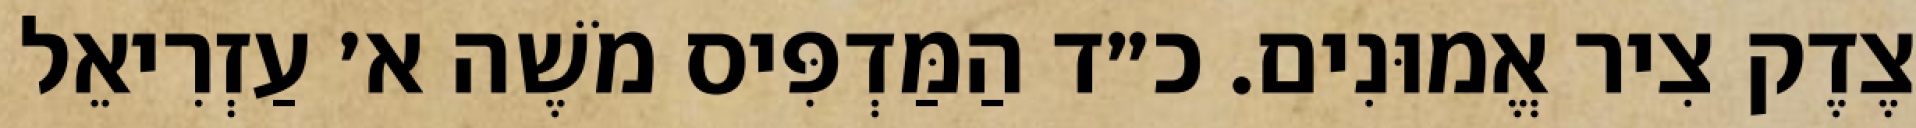
צֶדֶק צִיר אֱמוּנִים. כ״ד הַמַּדְפִּיס מֹשֶׁה א׳ עַזְרִיאֵל